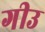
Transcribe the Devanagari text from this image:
गीउ